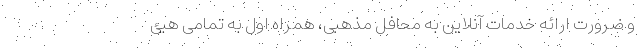
و ضرورت ارائه خدمات آنلاین به محافل مذهبی، همراه اول به تمامی هیئ